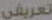
تعريفي